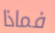
فماذا